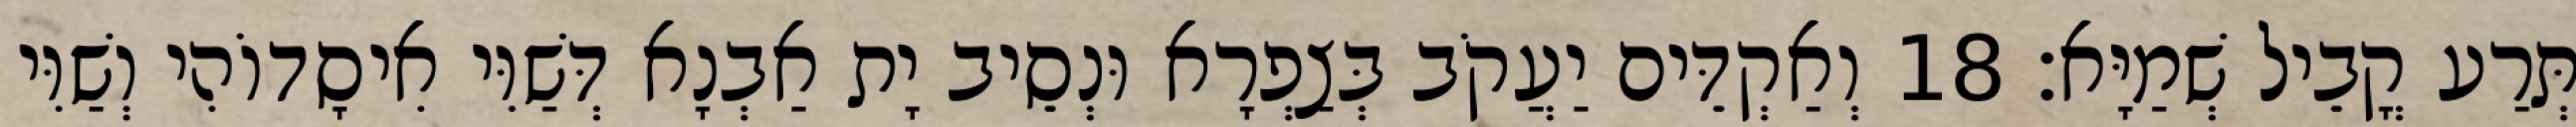
תְּרַע קֳבֵיל שְׁמַיָּא׃ 18 וְאַקְדֵּים יַעֲקֹב בְּצַפְרָא וּנְסֵיב יָת אַבְנָא דְּשַׁוִּי אִיסָדוֹהִי וְשַׁוִּי